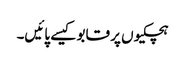
ہچکیوں پر قابو کیسے پائیں۔